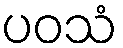
ပဝသံ